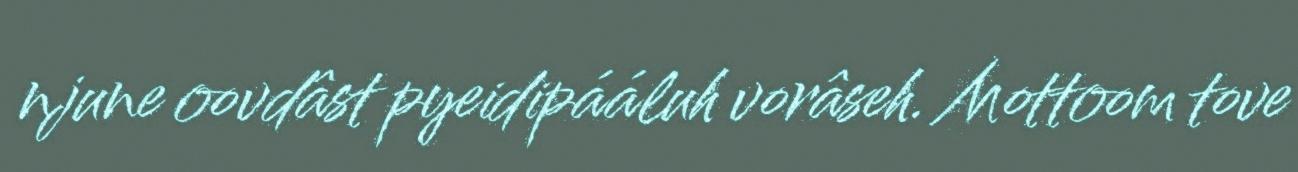
njune oovdâst pyeidipááluh vorâseh. Mottoom tove